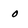
Character: o